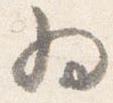
為